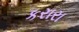
કરારા